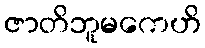
ဇာတိဘူမကေဟိ